Vaccination in Burma 1900-1911 - 1900-1911
Year: 1900
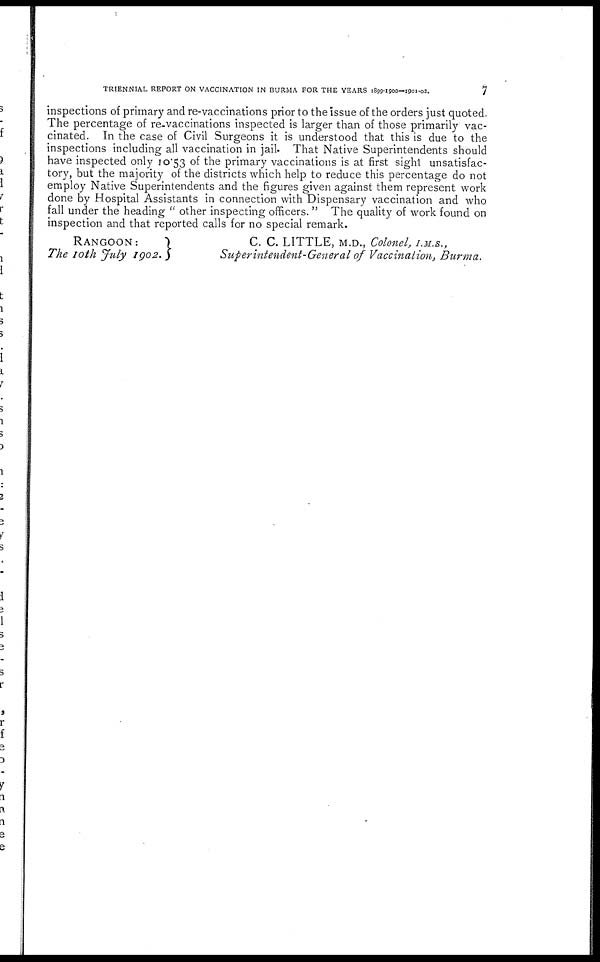
TRIENNIAL REPORT ON VACCINATION IN BURMA FOR THE YEARS 1899-1900—1901-02.
7
inspections of primary and re-vaccinations prior to the issue of the orders just quoted.
The percentage of re-vaccinations inspected is larger than of those primarily vac-
cinated. In the case of Civil Surgeons it is understood that this is due to the
inspections including all vaccination in jail. That Native Superintendents should
have inspected only 10.53 of the primary vaccinations is at first sight unsatisfac-
tory, but the majority of the districts which help to reduce this percentage do not
employ Native Superintendents and the figures given against them represent work
done by Hospital Assistants in connection with Dispensary vaccination and who
fall under the heading "other inspecting officers. " The quality of work found on
inspection and that reported calls for no special remark.
RANGOON:
The 10th July 1902.
C. C. LITTLE, M.D., Colonel, I.M.S.,
Superintendent-General of Vaccination, Burma.